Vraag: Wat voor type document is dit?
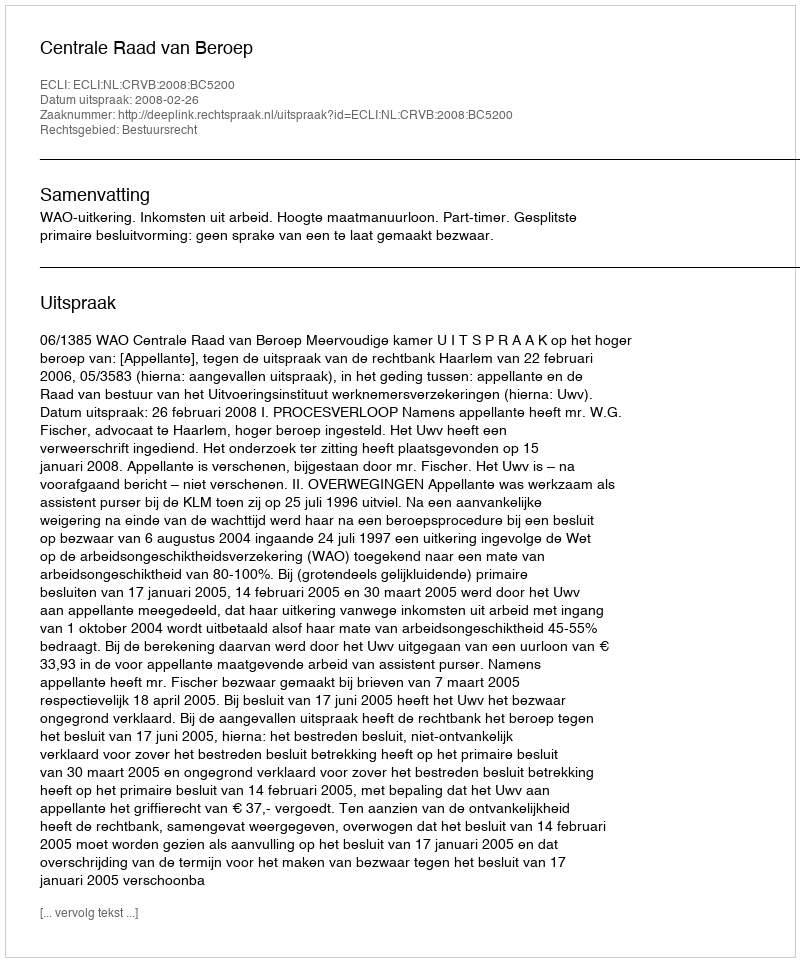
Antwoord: Uitspraak